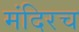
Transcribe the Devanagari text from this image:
मंदिरच